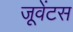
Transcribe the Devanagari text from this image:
जूवेंटस